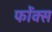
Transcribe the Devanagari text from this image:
फोंक्स